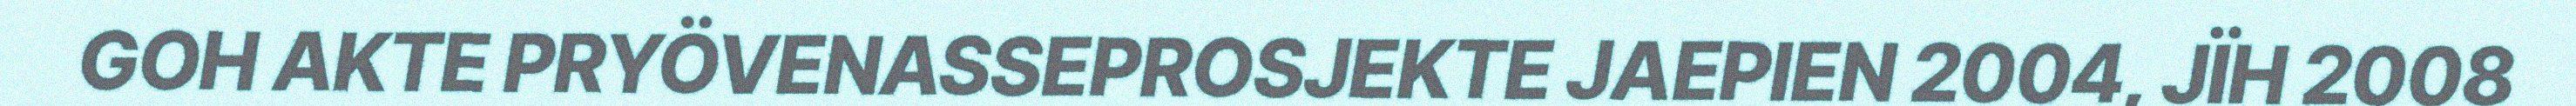
GOH AKTE PRYÖVENASSEPROSJEKTE JAEPIEN 2004, JÏH 2008